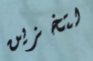
لتخزين